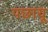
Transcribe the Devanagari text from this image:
पछायू